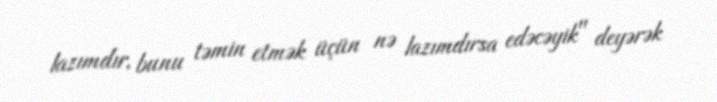
lazımdır, bunu təmin etmək üçün nə lazımdırsa edəcəyik" deyərək